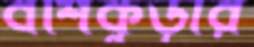
বর্শিকুড়ার